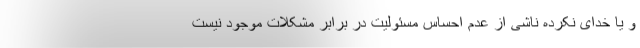
و یا خدای نکرده ناشی از عدم احساس مسئولیت در برابر مشکلات موجود نیست